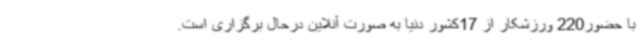
با حضور220 ورزشکار از 17کشور دنیا به صورت آنلاین درحال برگزاری است.